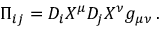
\Pi _ { i j } = D _ { i } X ^ { \mu } D _ { j } X ^ { \nu } g _ { \mu \nu } \, .